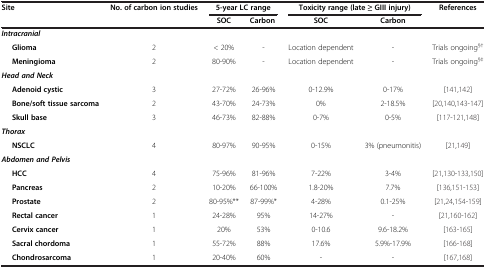
| Site | No. of carbon ion studies | <COLSPAN=2> 5-year LC range | <COLSPAN=2> Toxicity range (late ≥ GIII injury) | References |
 |  |  | SOC | Carbon | SOC | Carbon |  |
 | --- | --- | --- | --- | --- | --- | --- |
 | Intracranial |  |  |  |  |  |  |
 | Glioma | 2 | < 20% | - | Location dependent | - | Trials ongoing§† |
 | Meningioma | 2 | 80-90% | - | Location dependent | - | Trials ongoing§‡ |
 | Head and Neck |  |  |  |  |  |  |
 | Adenoid cystic | 3 | 27-72% | 26-96% | 0-12.9% | 0-17% | [141,142] |
 | Bone/soft tissue sarcoma | 2 | 43-70% | 24-73% | 0% | 2-18.5% | [20,140,143-147] |
 | Skull base | 3 | 46-73% | 82-88% | 0-7% | 0-5% | [117-121,148] |
 | Thorax |  |  |  |  |  |  |
 | NSCLC | 4 | 80-97% | 90-95% | 0-15% | 3% (pneumonitis) | [21,149] |
 | Abdomen and Pelvis |  |  |  |  |  |  |
 | HCC | 4 | 75-96% | 81-96% | 7-22% | 3-4% | [21,130-133,150] |
 | Pancreas | 2 | 10-20% | 66-100% | 1.8-20% | 7.7% | [136,151-153] |
 | Prostate | 2 | 80-95%** | 87-99%* | 4-28% | 0.1-25% | [21,24,154-159] |
 | Rectal cancer | 1 | 24-28% | 95% | 14-27% | - | [21,160-162] |
 | Cervix cancer | 1 | 20% | 53% | 0-10.6 | 9.6-18.2% | [163-165] |
 | Sacral chordoma | 1 | 55-72% | 88% | 17.6% | 5.9%-17.9% | [166-168] |
 | Chondrosarcoma | 1 | 20-40% | 60% | - | - | [167,168] |